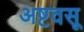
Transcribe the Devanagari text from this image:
अष्टवसू